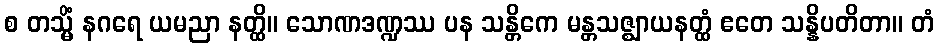
စ တသ္မိံ နဂရေ ယမညာ နတ္ထိ။ သောဏဒဏ္ဍဿ ပန သန္တိကေ မန္တသဇ္ဈာယနတ္ထံ ဧတေ သန္နိပတိတာ။ တံ